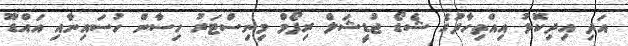
އަދި އިދިކޮޅު އިއްތިހާދުގެ ޝެޑޯ ޖުޑީޝަލް ރިފޯމް މިނިސްޓަރު ހިސާން ހުސައިނާއި އައްޑޫ